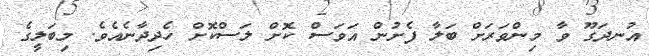
އުނދަގޫ ވާ މިންވަރަށް ބަލާ ފެށުން އަވަސް ކޮށް ލަސްކޮށް ހެދިދާނެއެވެ. މިބަލީގެ